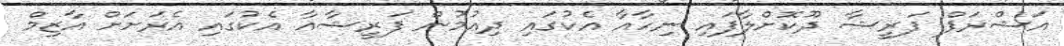
އަޝްރަފް ފަރީޝާ ދޫކޮށްލާފައި ނިހާއާ އެކުގައި ދިއުމުން ފަރީޝާއާ އެކުގައި އެރަށަށް އާޒިމް